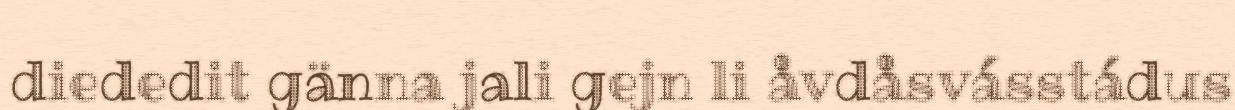
diededit gänna jali gejn li åvdåsvásstádus